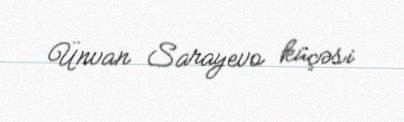
Ünvan Sarayevo küçəsi